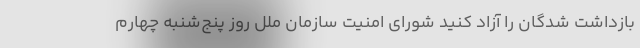
بازداشت شدگان را آزاد کنید شورای امنیت سازمان ملل روز پنج‌شنبه چهارم